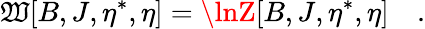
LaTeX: \mathfrak{W}[B,J,\eta^{\ast},\eta]=\lnZ[B,J,\eta^{\ast},\eta]\quad.